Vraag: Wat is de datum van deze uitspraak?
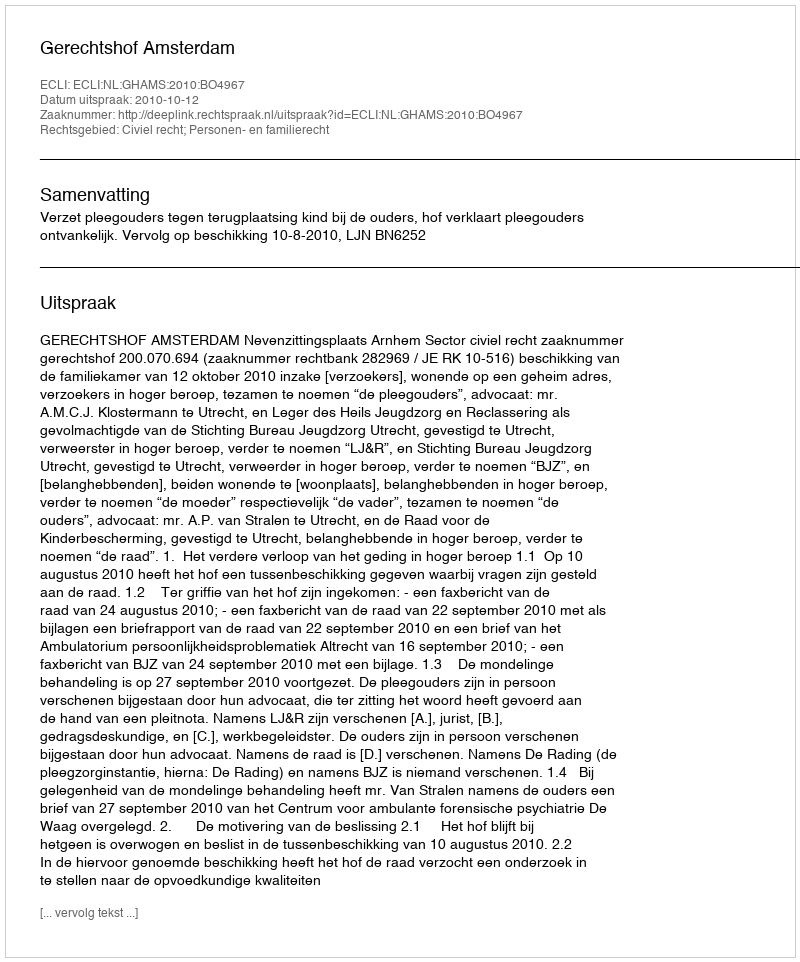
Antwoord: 2010-10-12